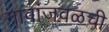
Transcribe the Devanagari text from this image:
गावांजवळची